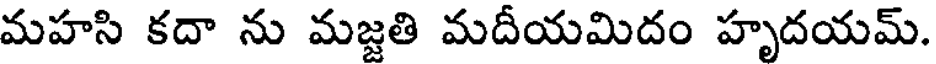
మహసి కదా ను మజ్జతి మదీయమిదం హృదయమ్.